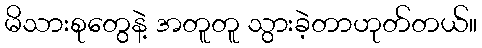
မိသားစုတွေနဲ့ အတူတူ သွားခဲ့တာဟုတ်တယ်။